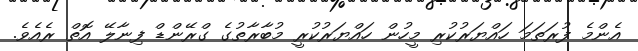
އެންމެ ފުރަތަމަ ހައްޔަރުކުރި މީހުން ހައްޔަރުކުރީ މުބާރާތުގެ ގްރޭންޑް ފިނާލޭ އޮތް ރެއެވެ.